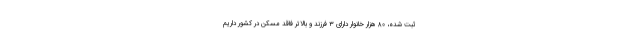
ثبت شده، ۸۰ هزار خانوار دارای ۳ فرزند و بالاتر فاقد مسکن در کشور داریم